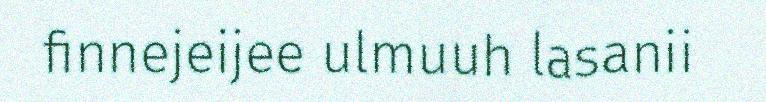
finnejeijee ulmuuh lasanii